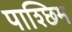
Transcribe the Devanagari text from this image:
पाश्छिम